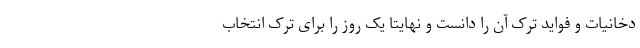
دخانیات و فواید ترک آن را دانست و نهایتا یک روز را برای ترک انتخاب